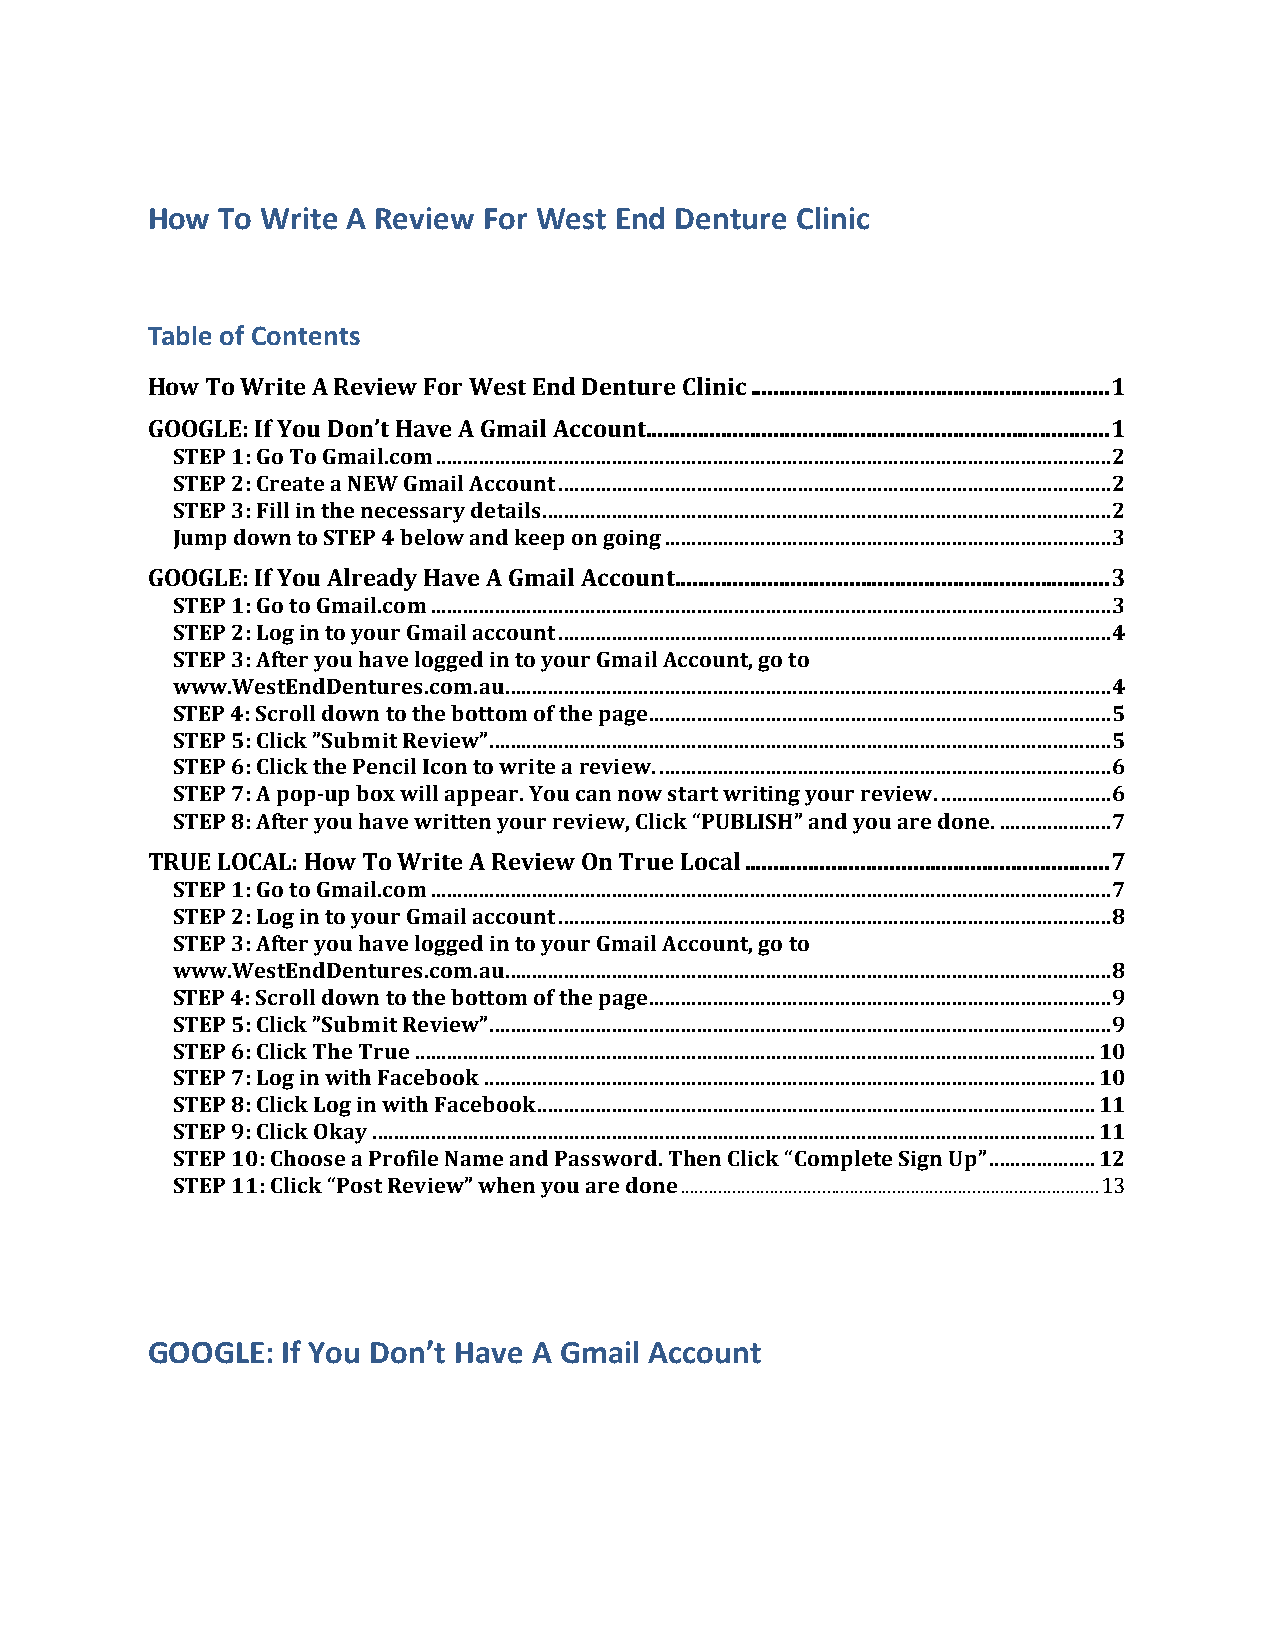
How To Write A Review For West End Denture Clinic
 Table of Contents
 How To Write A Review For West End Denture Clinic .............................................................. 1
 GOOGLE: If You Don’t Have A Gmail Account ................................................................................ 1
 STEP 1: Go To Gmail.com ............................................................................................................................... 2
 STEP 2: Create a NEW Gmail Account ........................................................................................................ 2
 STEP 3: Fill in the necessary details ........................................................................................................... 2
 Jump down to STEP 4 below and keep on going .................................................................................... 3
 GOOGLE: If You Already Have A Gmail Account ........................................................................... 3
 STEP 1: Go to Gmail.com ................................................................................................................................ 3
 STEP 2: Log in to your Gmail account ........................................................................................................ 4
 STEP 3: After you have logged in to your Gmail Account, go to
 www.WestEndDentures.com.au .................................................................................................................. 4
 STEP 4: Scroll down to the bottom of the page ....................................................................................... 5
 STEP 5: Click ”Submit Review” ..................................................................................................................... 5
 STEP 6: Click the Pencil Icon to write a review. ..................................................................................... 6
 STEP 7: A pop-­‐up box will appear. You can now start writing your review. ................................ 6
 STEP 8: After you have written your review, Click “PUBLISH” and you are done. ..................... 7
 TRUE LOCAL: How To Write A Review On True Local ............................................................... 7
 STEP 1: Go to Gmail.com ................................................................................................................................ 7
 STEP 2: Log in to your Gmail account ........................................................................................................ 8
 STEP 3: After you have logged in to your Gmail Account, go to
 www.WestEndDentures.com.au .................................................................................................................. 8
 STEP 4: Scroll down to the bottom of the page ....................................................................................... 9
 STEP 5: Click ”Submit Review” ..................................................................................................................... 9
 STEP 6: Click The True ................................................................................................................................ 10
 STEP 7: Log in with Facebook ................................................................................................................... 10
 STEP 8: Click Log in with Facebook ......................................................................................................... 11
 STEP 9: Click Okay ........................................................................................................................................ 11
 STEP 10: Choose a Profile Name and Password. Then Click “Complete Sign Up” .................... 12
 STEP 11: Click “Post Review” when you are done ......................................................................................... 13
 GOOGLE:  If You Don’t Have A Gmail Account